Calcutta medical institutions reports 1879-81 [i.e.91]
Year: 1879
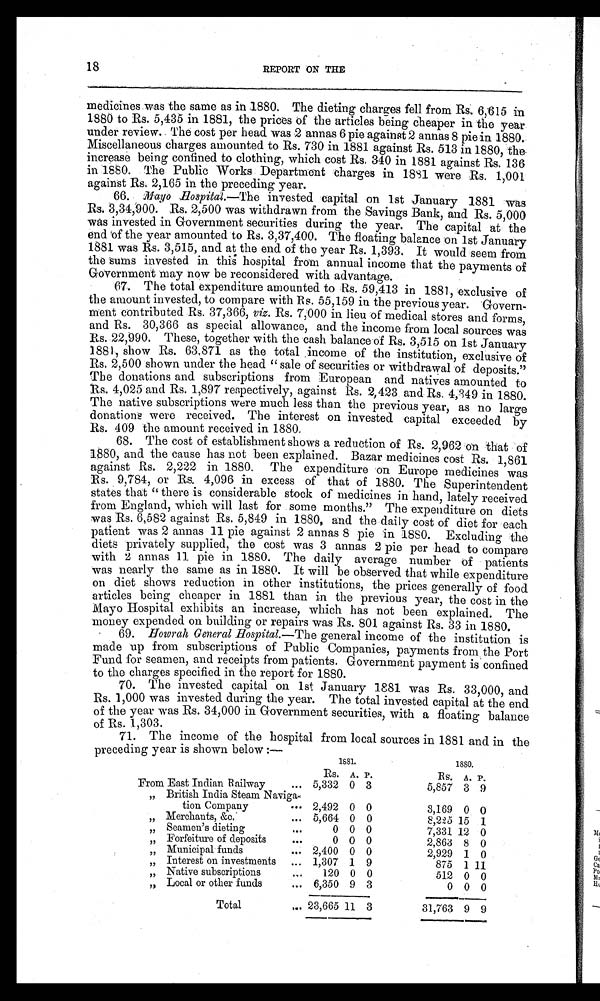
18
REPORT ON THE
medicines was the same as in 1880. The dieting charges fell from Rs. 6;615 in
1880 to Rs. 5,435 in 1881, the prices of the articles being cheaper in the year
under review.. The cost per head. was 2 annas 6 pie against 2 annas 8 pie in 1880.
Miscellaneous charges amounted to Rs. 730 in 1881 against Rs. 513 in 1880, the.
increase being confined to clothing, which cost Rs. 340 in 1881 against Rs. 136
in 1880. The Public Works Department charges in 1881 were Rs. 1,001
against Rs. 2,165 in the preceding year.
66.
Mayo Hospital.— The invested capital on 1st January 1881 was
Rs. 3,34,900. Rs. 2,500 was withdrawn from the Savings Bank, and Rs. 5,000
-was invested in Government securities during the year. The capital at the
end the year amounted to Rs. 3,37,400. The floating balance on 1st January
1881 was Rs. 3,515, and at the end of the year Rs. 1,393. It would seem from
the sums invested in this hospital from annual income that the payments of
Government may now be reconsidered with advantage.
67.
The total expenditure amounted to Rs. 59,413 in 1881, exclusive of
the amount invested, to compare with Rs. 55,159 in the previous year. Govern
ment contributed Rs. 37,366, viz. Rs. 7,000 in lieu of medical stores and forms,
and Rs. 30,366 as special allowance, and the income from local sources was
Rs. 22,990. These, together with the cash balance of Rs. 3,515 on 1st January
1881, show Rs. 63,871 as the total income of the institution, exclusive of
Rs. 2,500 shown under the head " sale of securities or withdrawal of deposits."
The donations and subscriptions from European and natives amounted to
Rs. 4,025 and Rs. 1,897 respectively, against Rs. 2,423 and Rs. 4,349 in 1880.
The native subscriptions were much less than the previous year, as no large
donations were received. The interest on invested. capital exceeded by
Rs. 409 the amount received in 1880.
68.
The cost of establishment shows a reduction of Rs. 2,962 on that of
1880, and the cause has not been explained. Bazar medicines cost Rs. 1,861
against Rs. 2,222 in 1880. The expenditure on Europe medicines was
Rs. 9,784, or Rs, 4,096 in excess of that of 1880. The Superintendent
states that " there is considerable stock of medicines in hand, lately received
from England, which will last for some months." The expenditure on diets
was Rs. 6,582 against Rs. 5,849 in 1880, and the daily cost of diet for each
patient was 2 annas 11 pie against 2 annas 8 pie in 1880. Excluding the
diets privately supplied, the cost was 3 annas 2 pie per head to compare
with 2 annas 11 pie in 1880. The daily average number of patients
was nearly the same as in 1880. It will be observed that while expenditure
on diet shows reduction in other institutions, the prices generally of food
articles being cheaper in 1881 than in the previous year, the cost in the
Mayo Hospital exhibits an increase, which has not been explained. The
money expended on building or repairs was Rs. 801 against Rs. 33 in 1880.
69.
Howrah General Hospital.— The general income of the institution is
made up from subscriptions of Public Companies, payments from the Port
Fund for seamen, and receipts from patients. Government payment is confined
to the charges specified in the report for 1880.
70.
The invested capital on. 1st January 1881 was Rs. 33,000, and
Rs. 1,000 was invested during the year. The total invested capital at the end
of the year was Rs. 34,000 in Government securities, with a floating balance
of Rs. 1,303.
71.
The income of the hospital from local sources in 1881 and in the
preceding year is shown below :—
1881.
1880.
Rs. A. P.
Rs. A. P.
From East Indian Railway
5,332 0 3
5,857 3 9
„ British India Steam Naviga-
tion Company
2,492 0 0
3,169 0 0
„ Merchants, &c.
5,664 0 0
8,225 15 1
„
Seamen's dieting
0 0 0
7,331 12 0
„
Forfeiture of deposits
0 0 0
2,863 8 0
„
Municipal funds
2,400 0 0
2,929 1 0
„
Interest on investments
1,307 1 9
875 1 11
„
Native subscriptions
120 0 0
512 0 0
„
Local or other funds
6,350 9 3
0 0 0
Total
23,665 11 3
31,763 9 9